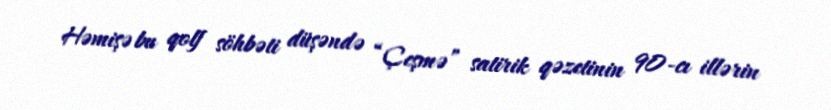
Həmişə bu qolf söhbəti düşəndə “Çeşmə” satirik qəzetinin 90-cı illərin